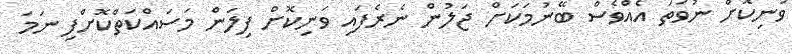
ވަނިކޮށް ނުވަތަ އެއްވެސް ބޭނުމަކަށް ޖަލުން ނެރެފައި ވަނިކޮށް ފިލަން މަސައްކަތްކޮށްފި ނަމަ